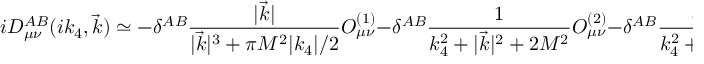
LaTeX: i { \cal D } _ { \mu \nu } ^ { A B } ( i k _ { 4 } , \vec { k } ) \simeq - \delta ^ { A B } \frac { | \vec { k } | } { | \vec { k } | ^ { 3 } + \pi M ^ { 2 } | k _ { 4 } | / 2 } O _ { \mu \nu } ^ { ( 1 ) } - \delta ^ { A B } \frac { 1 } { k _ { 4 } ^ { 2 } + | \vec { k } | ^ { 2 } + 2 M ^ { 2 } } O _ { \mu \nu } ^ { ( 2 ) } - \delta ^ { A B } \frac { d } { k _ { 4 } ^ { 2 } + | \vec { k } | ^ { 2 } } O _ { \mu \nu } ^ { ( 3 ) } ,